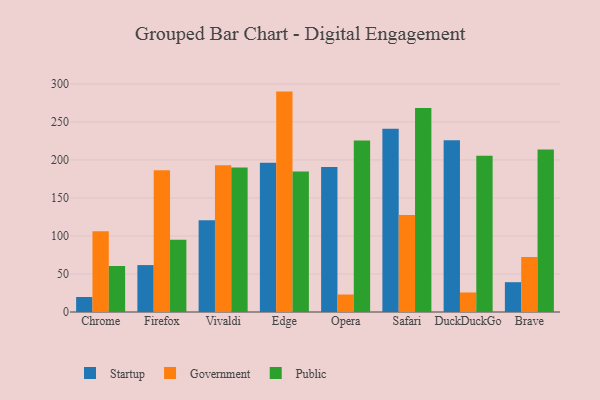
{"axis": {"x": "Browser", "y": "Tickets Resolved"}, "legend": ["Government", "Public", "Startup"], "data": [{"x": "Chrome", "y": 19.7, "type": "Startup"}, {"x": "Chrome", "y": 106.3, "type": "Government"}, {"x": "Chrome", "y": 60.5, "type": "Public"}, {"x": "Firefox", "y": 61.7, "type": "Startup"}, {"x": "Firefox", "y": 186.6, "type": "Government"}, {"x": "Firefox", "y": 95.0, "type": "Public"}, {"x": "Vivaldi", "y": 120.6, "type": "Startup"}, {"x": "Vivaldi", "y": 193.0, "type": "Government"}, {"x": "Vivaldi", "y": 190.2, "type": "Public"}, {"x": "Edge", "y": 196.4, "type": "Startup"}, {"x": "Edge", "y": 289.9, "type": "Government"}, {"x": "Edge", "y": 184.9, "type": "Public"}, {"x": "Opera", "y": 190.8, "type": "Startup"}, {"x": "Opera", "y": 23.0, "type": "Government"}, {"x": "Opera", "y": 225.7, "type": "Public"}, {"x": "Safari", "y": 241.0, "type": "Startup"}, {"x": "Safari", "y": 127.6, "type": "Government"}, {"x": "Safari", "y": 268.3, "type": "Public"}, {"x": "DuckDuckGo", "y": 225.9, "type": "Startup"}, {"x": "DuckDuckGo", "y": 25.7, "type": "Government"}, {"x": "DuckDuckGo", "y": 205.4, "type": "Public"}, {"x": "Brave", "y": 39.2, "type": "Startup"}, {"x": "Brave", "y": 72.2, "type": "Government"}, {"x": "Brave", "y": 213.8, "type": "Public"}]}